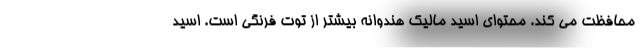
محافظت می کند. محتوای اسید مالیک هندوانه بیشتر از توت فرنگی است. اسید